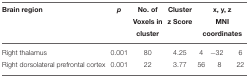
<table><thead><tr><td><b>Brain region</b></td><td><b><i>p</i></b></td><td><b>No. of Voxels in cluster</b></td><td><b>Cluster z Score</b></td><td colspan="3"><b>x, y, z MNI coordinates</b></td></tr></thead><tbody><tr><td>Right thalamus</td><td>0.001</td><td>80</td><td>4.25</td><td>4</td><td>−32</td><td>6</td></tr><tr><td>Right dorsolateral prefrontal cortex</td><td>0.001</td><td>22</td><td>3.77</td><td>56</td><td>8</td><td>22</td></tr></tbody></table>